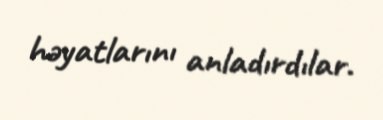
həyatlarını anladırdılar.